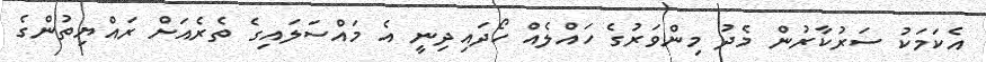
އެކަމަކު ސަރުކާރުން މެދު މިންވަރުގެ ހައްލެއް ހޯދައިދިނީ އެ މައްސަލައިގެ ތެރެއަށް ރައްޔިތުންގެ